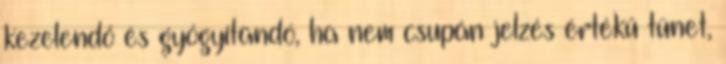
kezelendő és gyógyítandó, ha nem csupán jelzés értékű tünet,